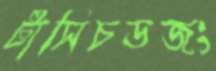
টাসিচডজং